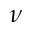
\nu